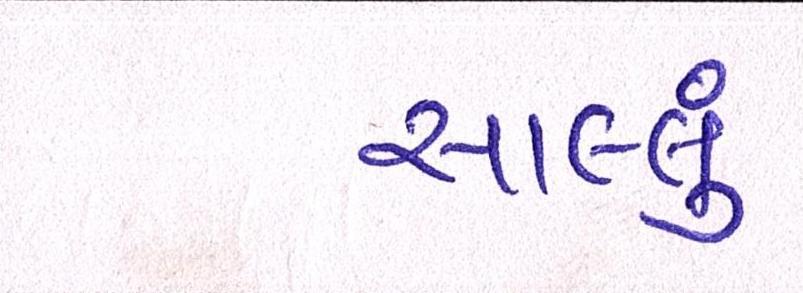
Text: સાલ્લું